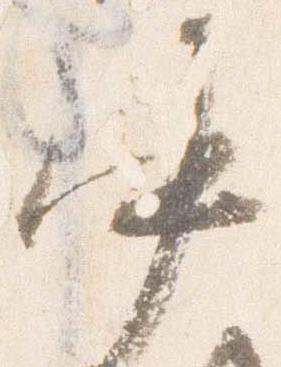
中